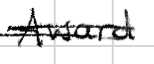
Text: Award
Cross-out: mix
Writing tool: digital_black